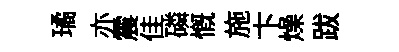
璚亦震佳磷慨施卞燥跋